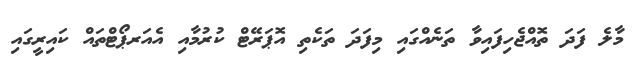
މާލެ ފަދަ ތޮއްޖެހިފައިވާ ތަނެއްގައި މިފަދަ ތަކެތި އޮޕަރޭޓް ކުރުމާއި އެއަރޕޯޓްތައް ކައިރީގައި